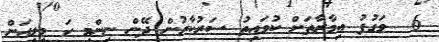
6  ވަގުފު އިމާރާތަށް ކުވައިތު ސަރުކާރުން ދޭން ނިންމި ހަ މިލިއަން